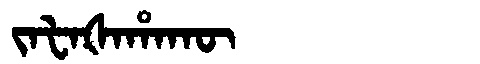
Manchu: ᠵᠠᡶᠠᡧᠠᡥᠠᡴᡡ
Romanization: JAFAŠAHAKŪ